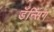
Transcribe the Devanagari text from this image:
डॅन्सिंग